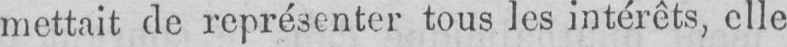
mettait de représenter tous les intérêts, elle